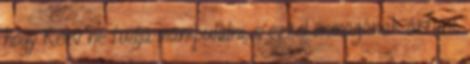
hogy Reev ne tudja manipulálni, s ezzel önmagának ártani.